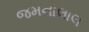
જમનાલાલ